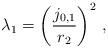
LaTeX: \begin{align*} \lambda_1 = \left(\frac{j_{0,1}}{r_2}\right)^2 \,,\end{align*}